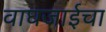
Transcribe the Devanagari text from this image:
वाघजाईचा